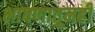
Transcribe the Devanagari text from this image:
भाषणातूनही